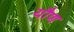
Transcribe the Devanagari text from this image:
यौण